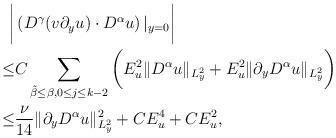
LaTeX: \begin{align*}\begin{aligned}\bigg| &\left( D^\gamma (v\partial_y u)\cdot D^\alpha u\right)|_{y=0}\bigg| \\\leq &C \sum_{\tilde{\beta}\leq \beta, 0\leq j\leq k-2} \bigg(E_u^2 \Vert D^\alpha u\Vert_{L^2_y}+E_u^2\Vert \partial_y D^\alpha u\Vert_{L^2_y}\bigg)\\\leq & \frac{\nu}{14}\Vert \partial_y D^\alpha u\Vert_{L^2_y}^2+CE_u^4+C E_u^2,\end{aligned}\end{align*}